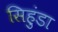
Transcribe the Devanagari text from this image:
सिहुंडा